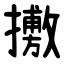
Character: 㩤